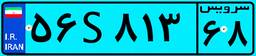
۵۶S۸۱۳۶۸